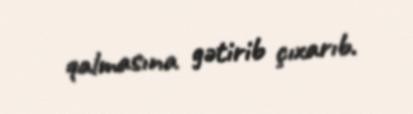
qalmasına gətirib çıxarıb.